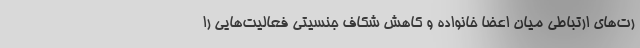
رت‌های ارتباطی میان اعضا خانواده و کاهش شکاف جنسیتی فعالیت‌هایی را